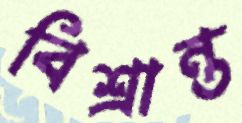
বিশ্রান্ত